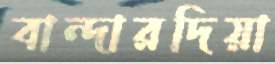
বান্দারদিয়া